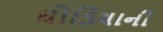
ઘોડિયાની